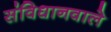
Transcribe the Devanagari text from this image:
संविधानवाले